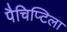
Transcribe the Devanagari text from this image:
पैचिप्टिला